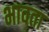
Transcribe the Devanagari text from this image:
भावता